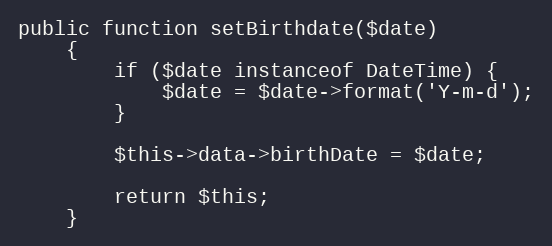
Language: PHP
public function setBirthdate($date)
    {
        if ($date instanceof DateTime) {
            $date = $date->format('Y-m-d');
        }

        $this->data->birthDate = $date;

        return $this;
    }